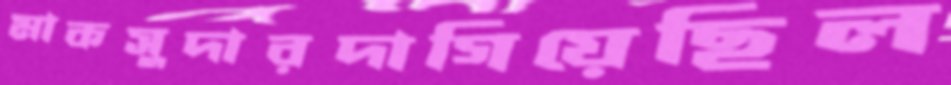
মাকসুদারদাগিয়েছিল